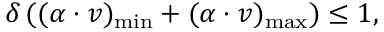
\delta \, ( ( \alpha \cdot v ) _ { \mathrm { m i n } } + ( \alpha \cdot v ) _ { \mathrm { m a x } } ) \leq 1 ,